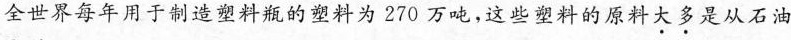
全世界每年用于制造塑料瓶的塑料为270万吨，这些塑料的原料大多是从石油